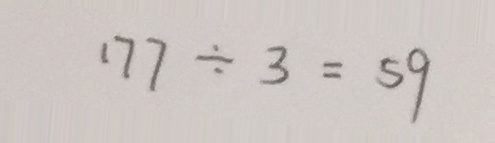
1 7 7 \div 3 = 5 9